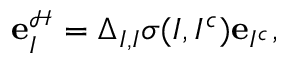
{ \mathbf e } _ { I } ^ { \scriptscriptstyle \mathcal { H } } = \Delta _ { I , I } \sigma ( I , I ^ { c } ) { \mathbf e } _ { I ^ { c } } ,